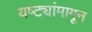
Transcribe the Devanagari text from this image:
यष्ट्यांमागून